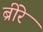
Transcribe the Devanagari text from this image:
ब्रीरे